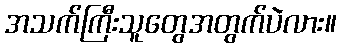
အသက်ကြီးသူတွေအတွက်ပဲလား။